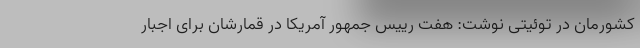
کشورمان در توئیتی نوشت: هفت رییس جمهور آمریکا در قمارشان برای اجبار